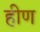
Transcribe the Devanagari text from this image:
हीण